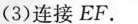
(3)连接EF。